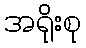
အရိုးစု